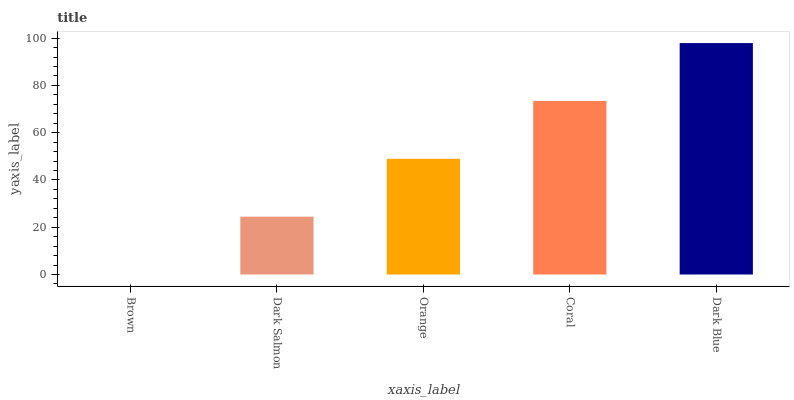
| xaxis_label | bars |
 | --- | --- |
 | Brown | 0 |
 | Dark Salmon | 24.5 |
 | Orange | 49 |
 | Coral | 73.4 |
 | Dark Blue | 97.9 |